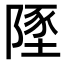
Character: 𨻐